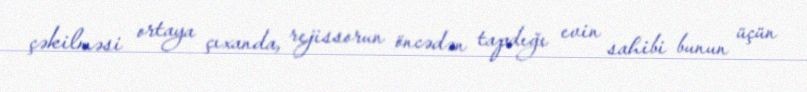
çəkilməsi ortaya çıxanda, rejissorun öncədən tapdığı evin sahibi bunun üçün